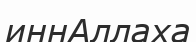
иннАллаха